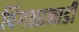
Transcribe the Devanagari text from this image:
पिंगळानाडी